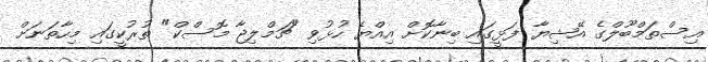
އިސްތަމްބޫލްގެ އޭޝިޔާ ފަޅީގައި ބިނާކޮށް އިއްޔެ ހުޅުވި "ޗަމްލިޖާ މޮސްކް" ތުރުކީގައި މިހާތަނަށް